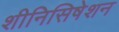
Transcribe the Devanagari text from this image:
शीनिसिषेशन